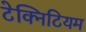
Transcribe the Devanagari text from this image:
टेक्निटियम